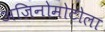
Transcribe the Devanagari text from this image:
अजिनोमोटोला